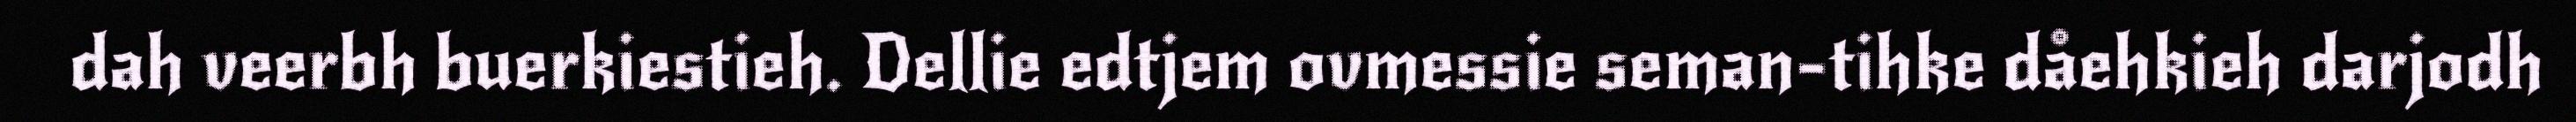
dah veerbh buerkiestieh. Dellie edtjem ovmessie seman-tihke dåehkieh darjodh